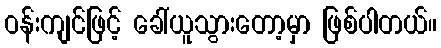
ဝန်းကျင်ဖြင့် ခေါ်ယူသွားတော့မှာ ဖြစ်ပါတယ်။